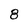
Character: 8